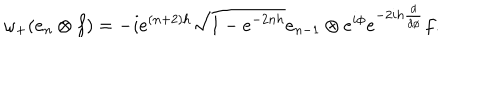
\omega _ { + } ( e _ { n } \otimes f ) = - i e ^ { ( n + 2 ) h } \sqrt { 1 - e ^ { - 2 n h } } e _ { n - 1 } \otimes e ^ { i \phi } e ^ { - 2 i h \frac { d } { d \phi } } f .